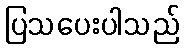
ပြသပေးပါသည်